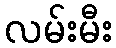
လမ်းမီး